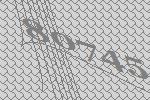
80745